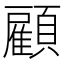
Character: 顧